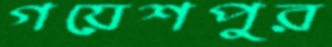
গয়েশপুর